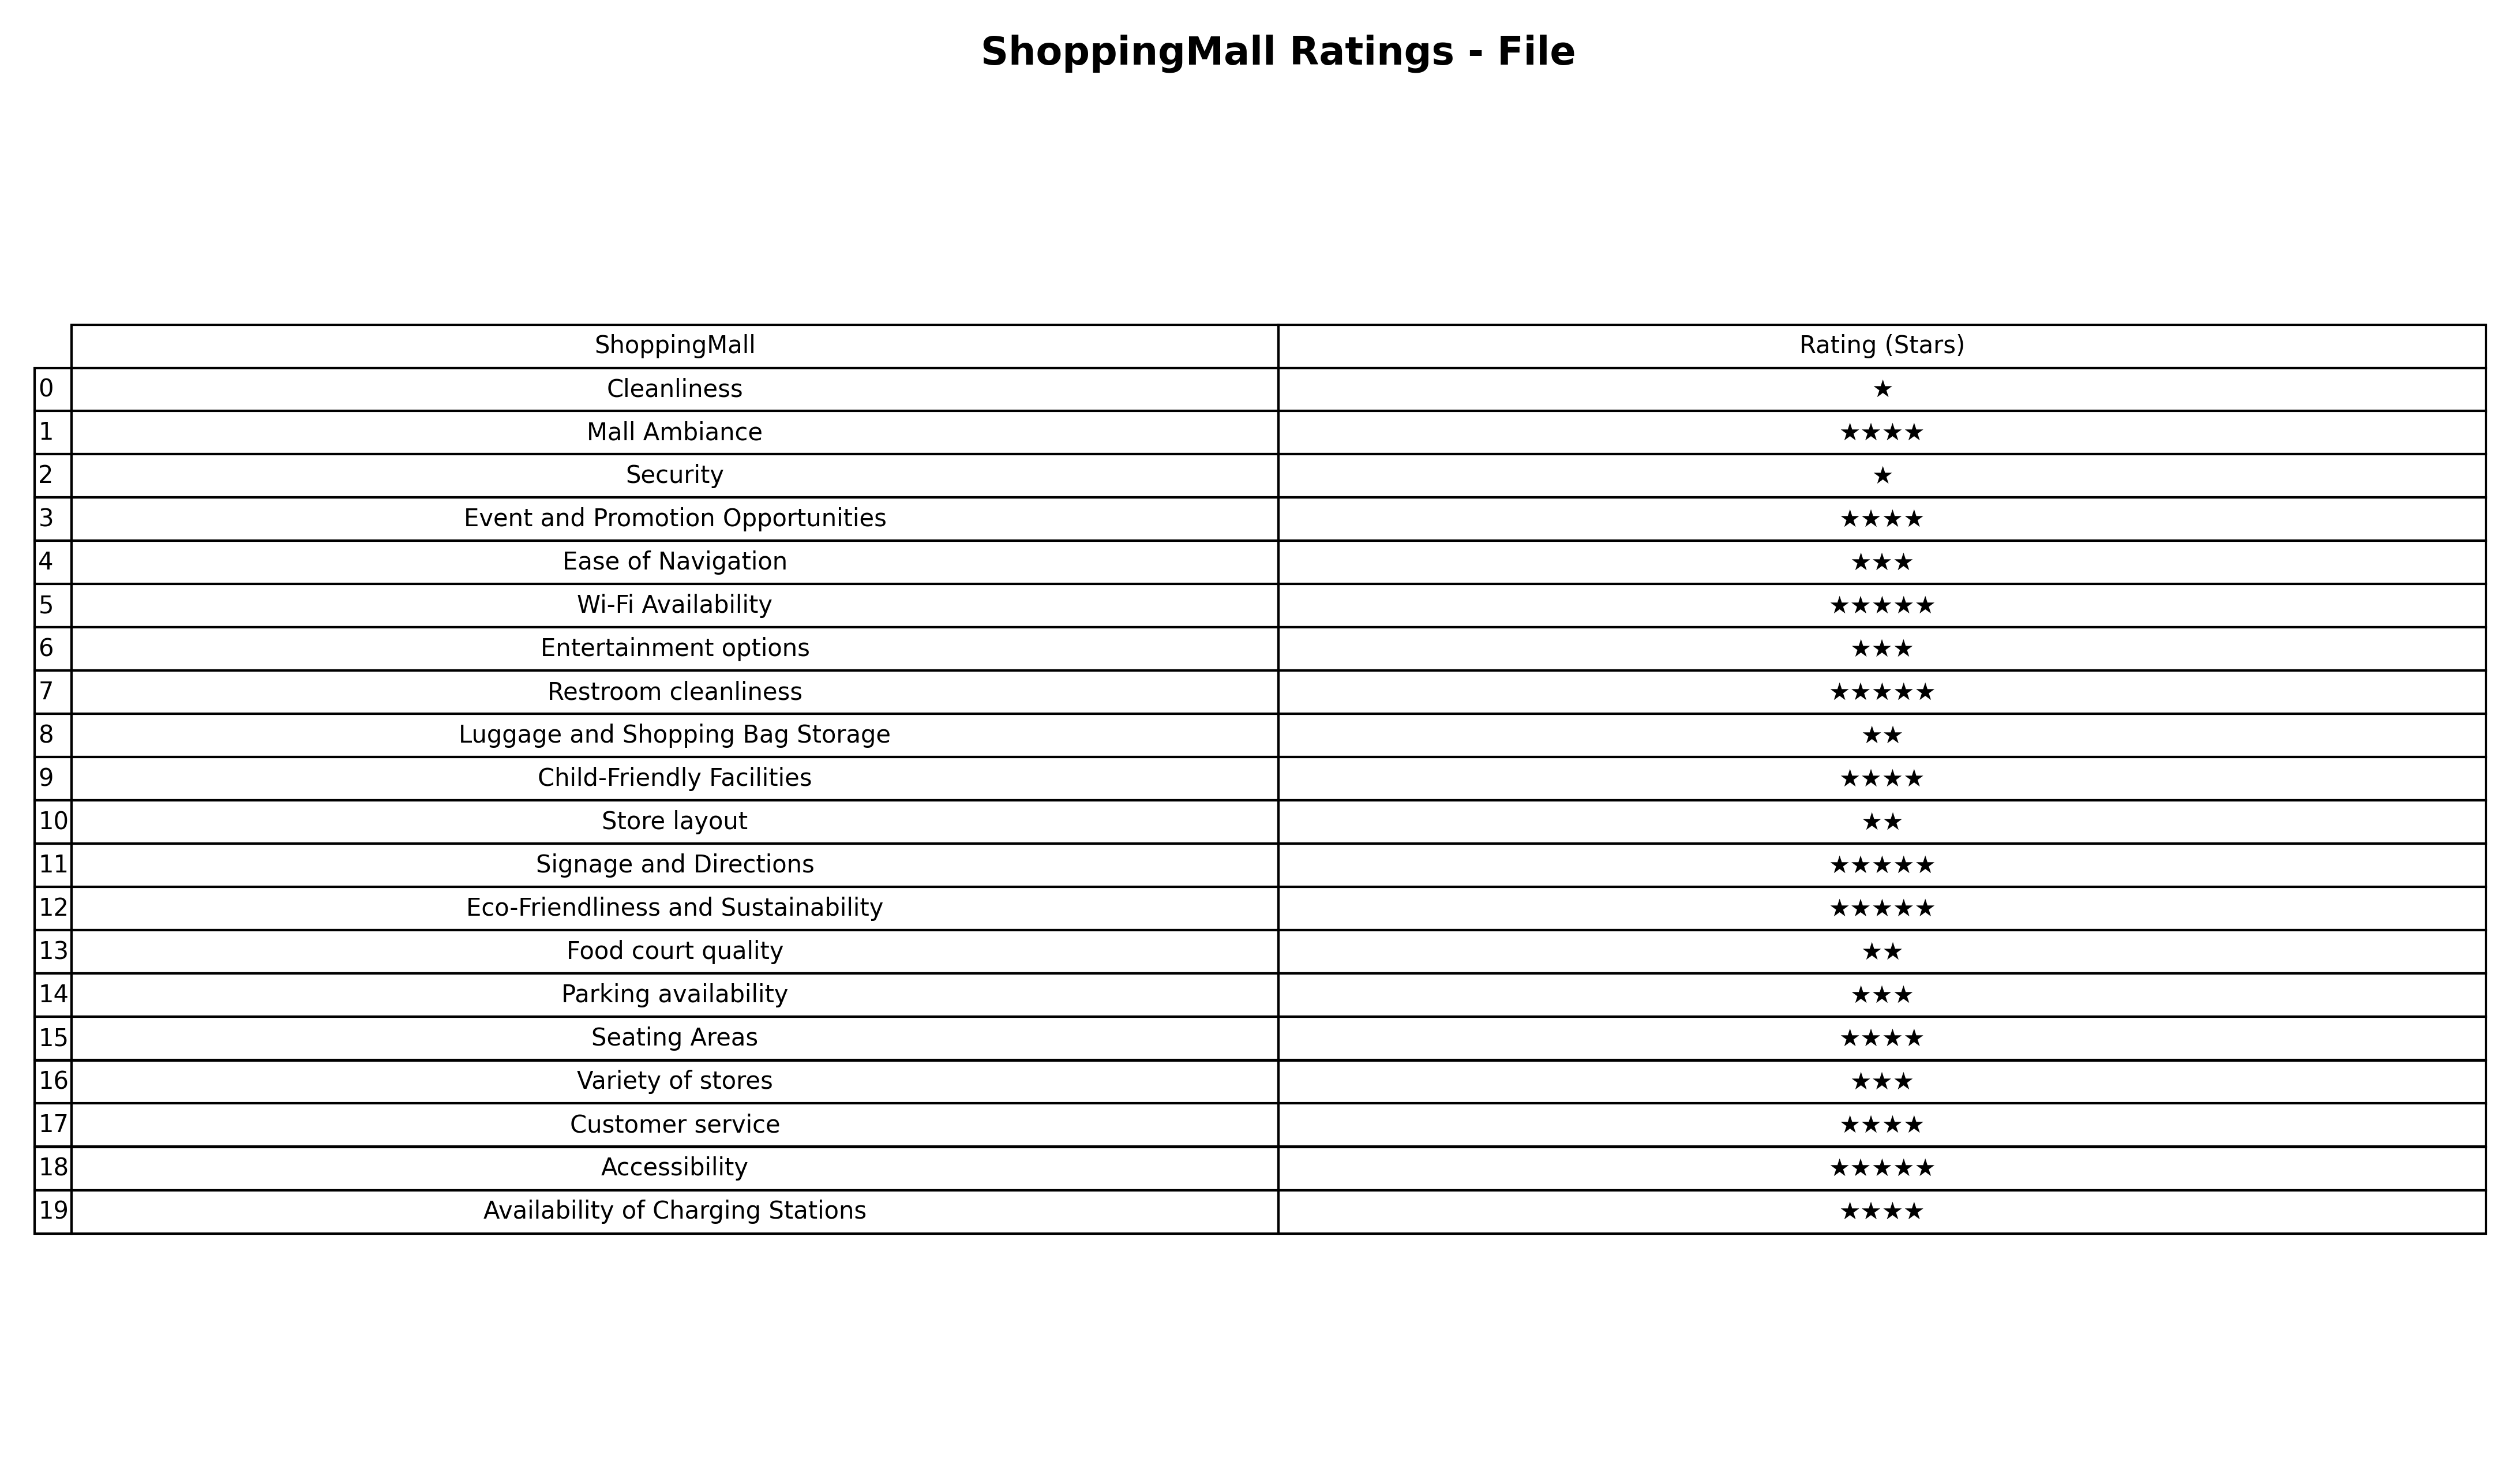
question: What is the rating of Parking availability?
answer: ★★★